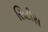
સિટીસ